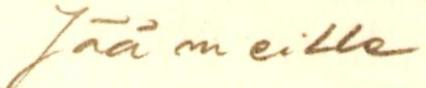
Jää meille